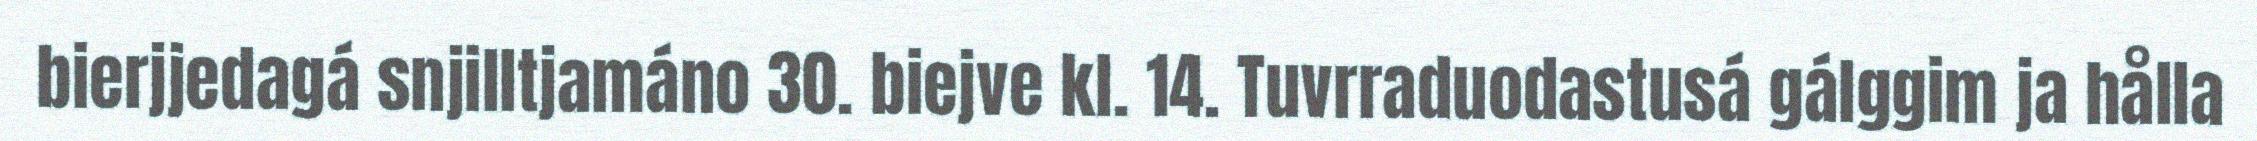
bierjjedagá snjilltjamáno 30. biejve kl. 14. Tuvrraduodastusá gálggim ja hålla